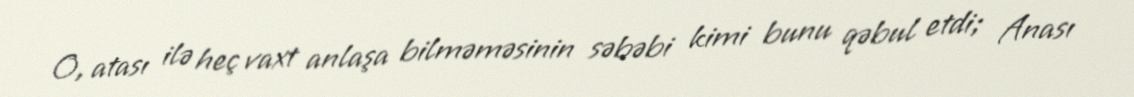
O, atası ilə heç vaxt anlaşa bilməməsinin səbəbi kimi bunu qəbul etdi; Anası